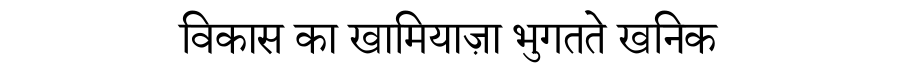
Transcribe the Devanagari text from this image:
विकास का खामियाज़ा भुगतते खनिक